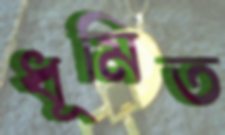
ধূমিত